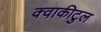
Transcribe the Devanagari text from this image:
क्वाकीटुल